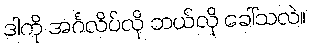
ဒါကို အင်္ဂလိပ်လို ဘယ်လို ခေါ်သလဲ။